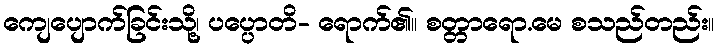
ကျေပျောက်ခြင်းသို့၊ ပပ္ပောတိ- ရောက်၏။ စတ္တာရော.မေ စသည်တည်း။